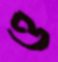
ও